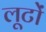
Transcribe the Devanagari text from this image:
लूटों